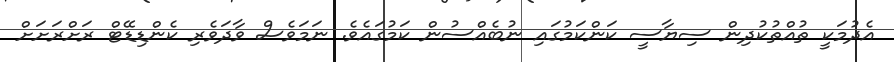
އެދުމަކީ ތުއްތުކުދިން ސިޔާސީ ކަންކަމުގައި ނުބެއްސުން ކަމުގައެވެ. ނަމަވެސް ވާދަވެރި ކެންޑިޑޭޓް ރަށްރަށަށް